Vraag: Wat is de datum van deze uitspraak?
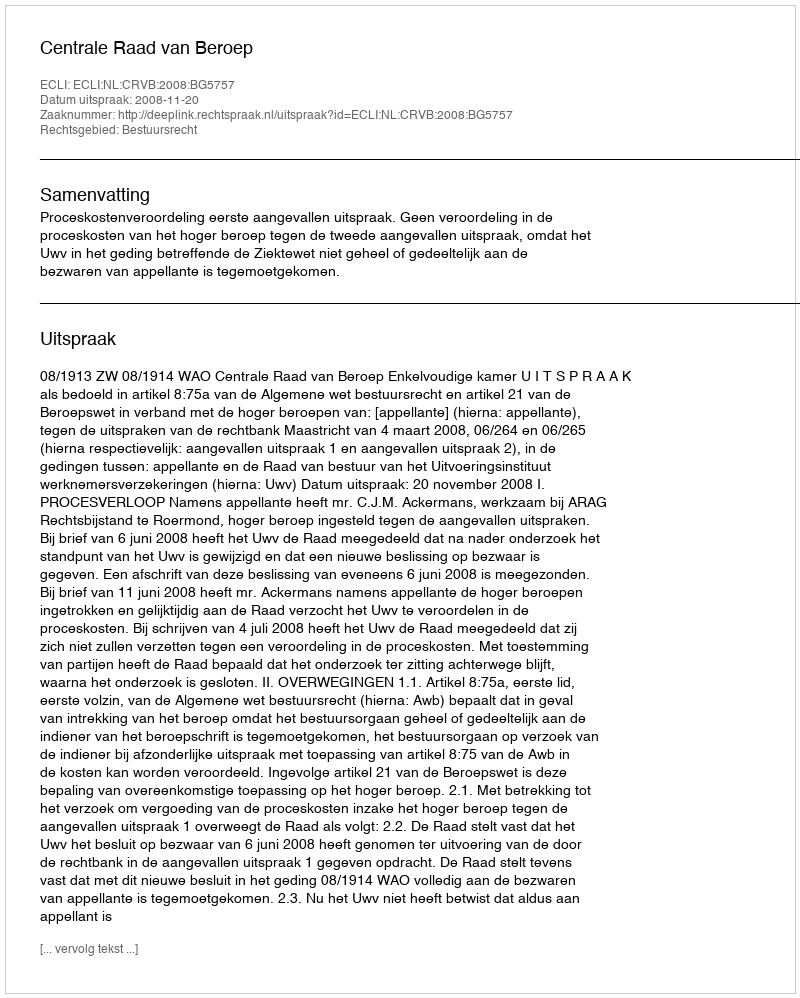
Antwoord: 2008-11-20